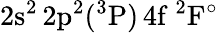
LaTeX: \mathrm{2s^{2}\, 2p^{2}(^{3}P)\, 4f~^{2}F^{\circ}}